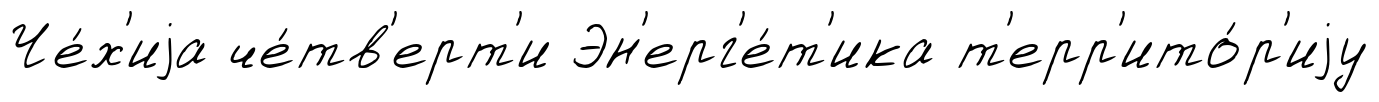
Че́х'иjа че́тв'ерт'и Эн'ерг'е́т'ика т'ерр'ито́р'иjу